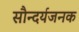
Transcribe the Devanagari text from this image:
सौन्दर्यजनक